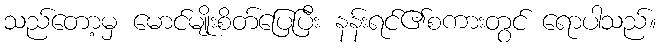
သည်တော့မှ မောင်မျိုးစိတ်ပြေပြီး နန်းရင်၏စကားတွင် ရောပါသည်။